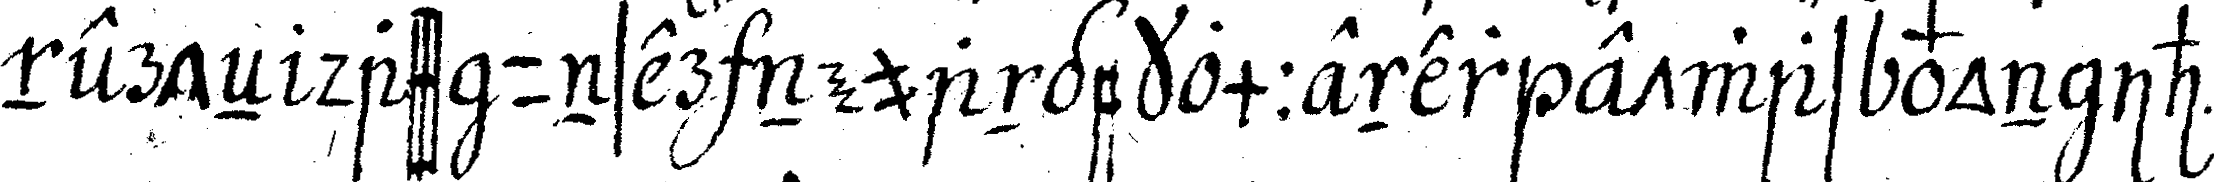
nerteN dass unser neuangekommener etwas von ih